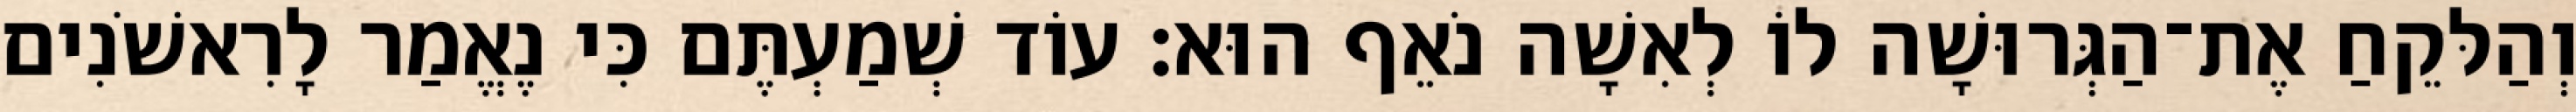
וְהַלּקֵחַ אֶת־הַגְּרוּשָׁה לוֹ לְאִשָׁה נֹאֵף הוּא׃ עוֹד שְׁמַעְתֶּם כִּי נֶאֱמַר לָרִאשֹׁנִים